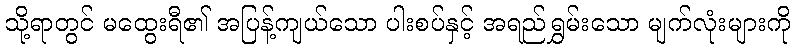
သို့ရာတွင် မထွေးရီ၏ အပြန့်ကျယ်သော ပါးစပ်နှင့် အရည်ရွှမ်းသော မျက်လုံးများကို